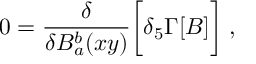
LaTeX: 0 = { \frac { \delta } { \delta B _ { a } ^ { b } ( x y ) } } \bigg [ \delta _ { 5 } \Gamma [ B ] \bigg ] \; ,